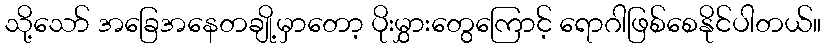
သို့သော် အခြေအနေတချို့မှာတော့ ပိုးမွှားတွေကြောင့် ရောဂါဖြစ်စေနိုင်ပါတယ်။